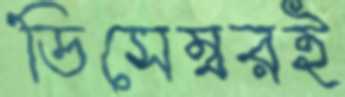
ডিসেম্বরই